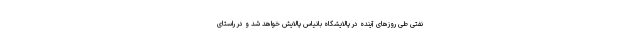
نفتی طی روزهای آینده در پالایشگاه بانیاس پالایش خواهد شد و در راستای